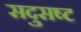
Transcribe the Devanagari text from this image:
सदुसष्ट